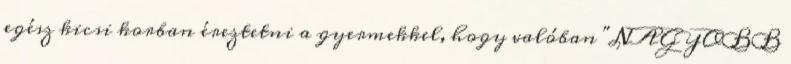
egész kicsi korban éreztetni a gyermekkel, hogy valóban "NAGYOBB